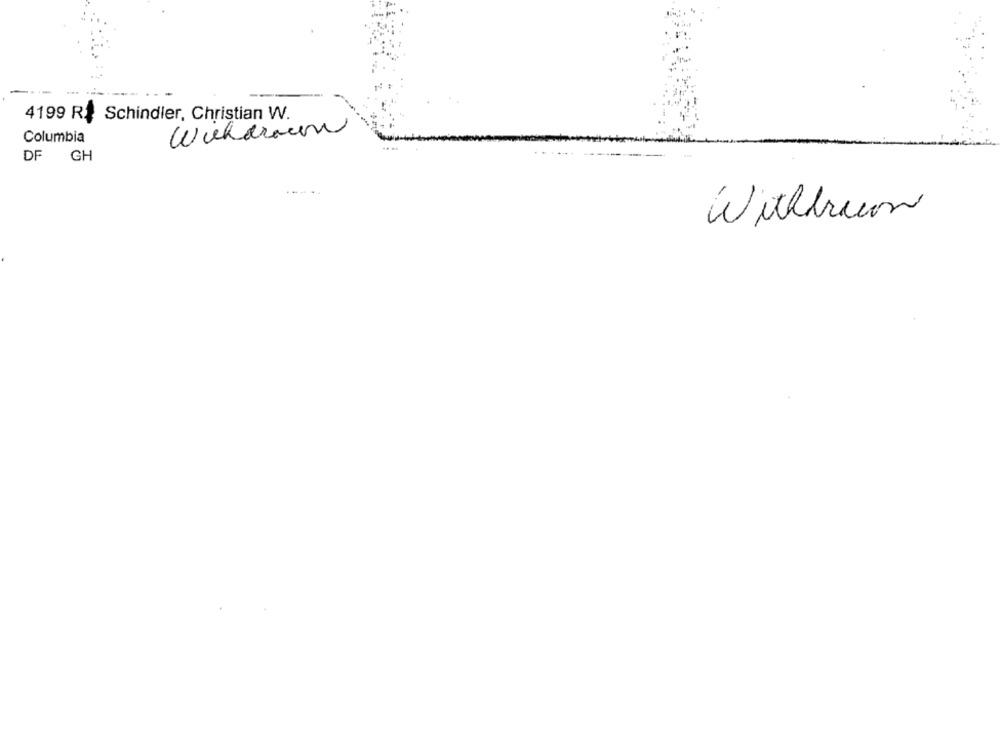
4199 R: Schindler, Christian W.
Withdrawn
Columbia
DF GH
---
Withbruon